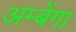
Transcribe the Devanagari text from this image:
अम्बेंगा